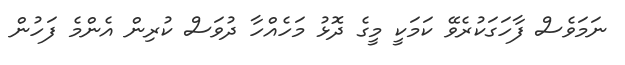
ނަމަވެސް ފާހަގަކުރެވޭ ކަމަކީ މީގެ ދޮޅު މަހެއްހާ ދުވަސް ކުރިން އެންމެ ފަހުން